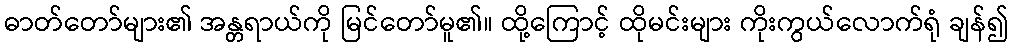
ဓာတ်တော်များ၏ အန္တရာယ်ကို မြင်တော်မူ၏။ ထို့ကြောင့် ထိုမင်းများ ကိုးကွယ်လောက်ရုံ ချန်၍